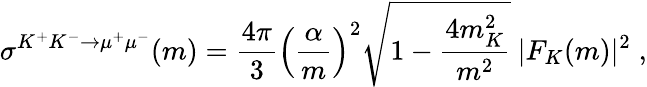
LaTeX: \sigma^{K^{+}K^{-}\rightarrow\mu^{+}\mu^{-}}(m)=\frac{4\pi}{3}\left(\frac{\alpha}{m}\right)^{2}\sqrt{1-\frac{4m_{K}^{2}}{m^{2}}}\ |F_{K}(m)|^{2}\; ,